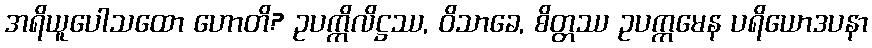
အရိယူပေါသထော ဟောတိ? ဥပက္ကိလိဋ္ဌဿ, ဝိသာခေ, စိတ္တဿ ဥပက္ကမေန ပရိယောဒပနာ